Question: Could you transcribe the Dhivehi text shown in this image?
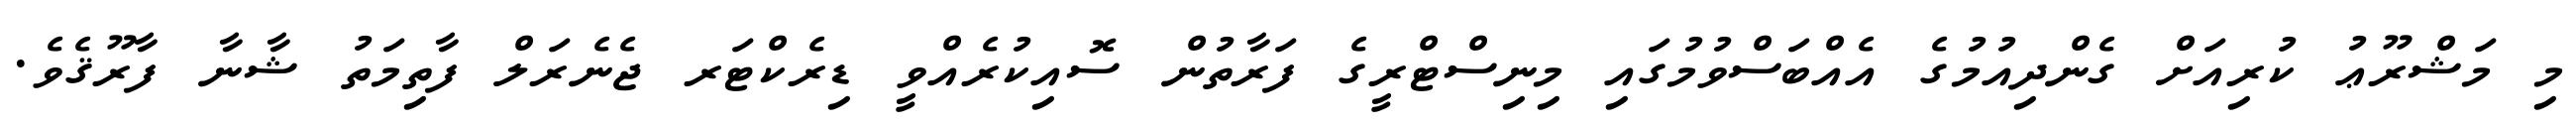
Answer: މި މަޝްރޫޢު ކުރިއަށް ގެންދިއުމުގެ އެއްބަސްވުމުގައި މިނިސްޓްރީގެ ފަރާތުން ސޮއިކުރެއްވީ ޑިރެކްޓަރ ޖެނެރަލް ފާތިމަތު ޝާނާ ފާރޫޤެވެ.